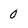
Character: O